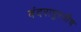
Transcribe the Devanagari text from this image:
बंदरापुरतीच